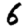
Digit: 6